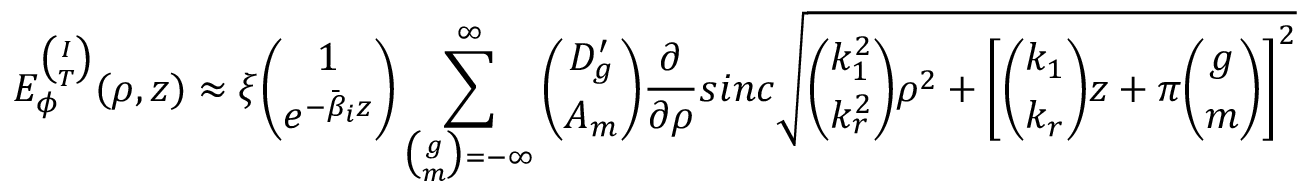
E _ { \phi } ^ { \binom { I } { T } } ( \rho , z ) \approx \xi { \binom { 1 } { e ^ { - \bar { \beta } _ { i } z } } } \sum _ { { \binom { g } { m } } = - \infty } ^ { \infty } { \binom { D _ { g } ^ { \prime } } { A _ { m } } } \frac { \partial } { \partial \rho } s i n c \sqrt { { \binom { k _ { 1 } ^ { 2 } } { k _ { r } ^ { 2 } } } \rho ^ { 2 } + \left[ { \binom { k _ { 1 } } { k _ { r } } } z + \pi { \binom { g } { m } } \right] ^ { 2 } }